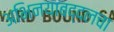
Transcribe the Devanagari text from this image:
अभिनयाबद्दलचा